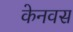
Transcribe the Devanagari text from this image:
केनवस